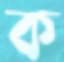
ক